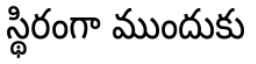
స్థిరంగా ముందుకు